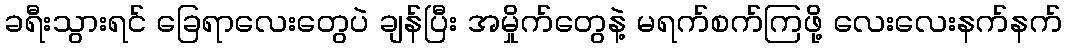
ခရီးသွားရင် ခြေရာလေးတွေပဲ ချန်ပြီး အမှိုက်တွေနဲ့ မရက်စက်ကြဖို့ လေးလေးနက်နက်